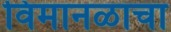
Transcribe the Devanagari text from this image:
विमानळाचा